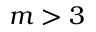
m > 3